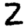
Digit: 2